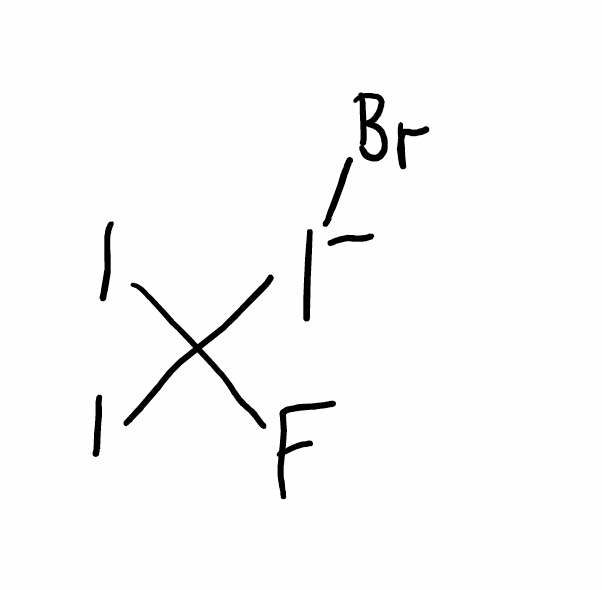
Simplified molecular-input line-entry system (SMILES) notation of the given molecule:
C(F)(I)(I)[I-]Br